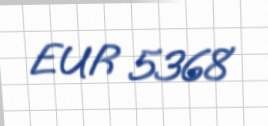
EUR 5368